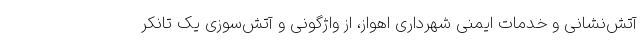
آتش‌نشانی و خدمات ایمنی شهرداری اهواز، از واژگونی و آتش‌سوزی یک تانکر